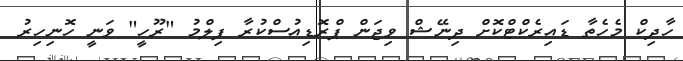
ހާދިކް މެހެތާ ޑައިރެކްޓްކޮށް ދިނޭޝް ވިޖަން ޕްރޮޑިއުސްކުރާ ފިލްމު "ރޫހީ" ވަނީ ހޮނިހިރު